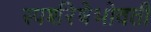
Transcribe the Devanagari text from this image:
स्पर्शरेषेभोवती